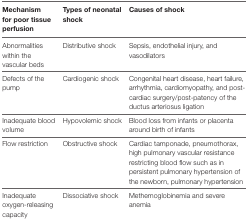
<table><thead><tr><td><b>Mechanism for poor tissue perfusion</b></td><td><b>Types of neonatal shock</b></td><td><b>Causes of shock</b></td></tr></thead><tbody><tr><td>Abnormalities within the vascular beds</td><td>Distributive shock</td><td>Sepsis, endothelial injury, and vasodilators</td></tr><tr><td>Defects of the pump</td><td>Cardiogenic shock</td><td>Congenital heart disease, heart failure, arrhythmia, cardiomyopathy, and post-cardiac surgery/post-patency of the ductus arteriosus ligation</td></tr><tr><td>Inadequate blood volume</td><td>Hypovolemic shock</td><td>Blood loss from infants or placenta around birth of infants</td></tr><tr><td>Flow restriction</td><td>Obstructive shock</td><td>Cardiac tamponade, pneumothorax, high pulmonary vascular resistance restricting blood flow such as in persistent pulmonary hypertension of the newborn, pulmonary hypertension</td></tr><tr><td>Inadequate oxygen-releasing capacity</td><td>Dissociative shock</td><td>Methemoglobinemia and severe anemia</td></tr></tbody></table>